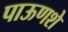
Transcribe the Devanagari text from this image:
पाऊणशे